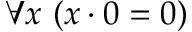
\forall x \ ( x \cdot 0 = 0 )